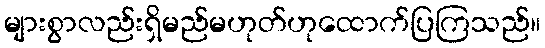
များစွာလည်းရှိမည်မဟုတ်ဟုထောက်ပြကြသည်။